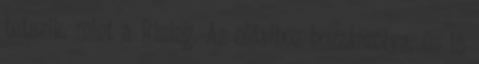
tetszik, mint a Rising. Az oldalhoz hozzászólva, és is